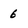
Character: b